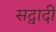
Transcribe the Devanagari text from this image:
सद्वादी